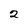
Character: 2